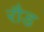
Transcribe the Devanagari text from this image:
रौड